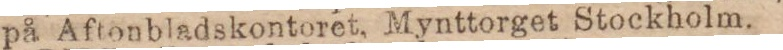
på Aftonbladskontoret, Mynttorget Stockholm.